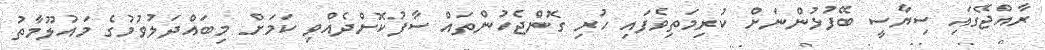
ރާއްޖޭގައި ސިޔާސީ ބޭފުޅުންނަށް ކުރިމަތިވެފައި ހުރި ގޮންޖެހުންތައް ސާފުކޮށްދެއްވި ކަމަށް މިބައްދަލުވުމުގެ މައުލޫމާތު